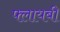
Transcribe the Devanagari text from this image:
फ्लायबी